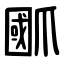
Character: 爴